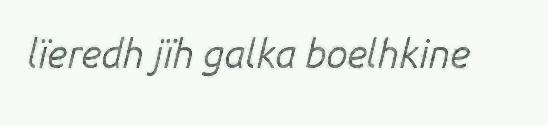
lïeredh jïh galka boelhkine